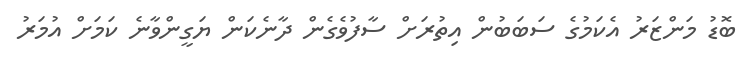
ބޮޑު މަންޒަރު އެކަމުގެ ސަބަބުން އިތުރަށް ސާފުވެގެން ދާނެކަން ޔަގީންވާނެ ކަމަށް އުމަރު